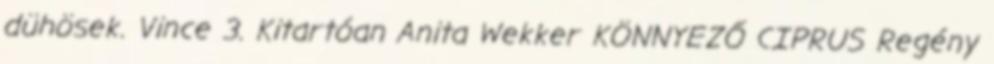
dühösek. Vince 3. Kitartóan Anita Wekker KÖNNYEZŐ CIPRUS Regény